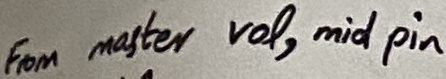
Text: From master  vol, mid pin